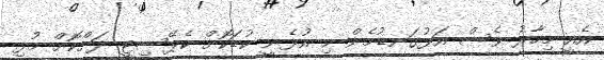
އެއީ މިހާރު ވެސް އަޅުގަނޑުމެން މި އުޅެނީ ކުޑަކޮށް ކެޕޭސިޓީ ދަށްކޮށް މުޅި